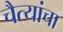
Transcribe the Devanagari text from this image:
चैत्यांचा